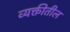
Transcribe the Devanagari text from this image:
व्यक्तीतील